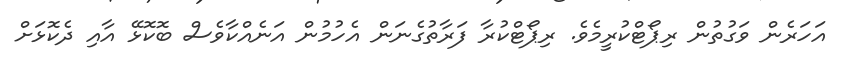
އަހަރެން ވަގުތުން ރިޕޯޓްކުރީމެވެ. ރިޕޯޓްކުރާ ފަރާތުގެނަން އެހުމުން އަނެއްކާވެސް ބޮކޮޅޭ އާއި ދެކޮޅަށް